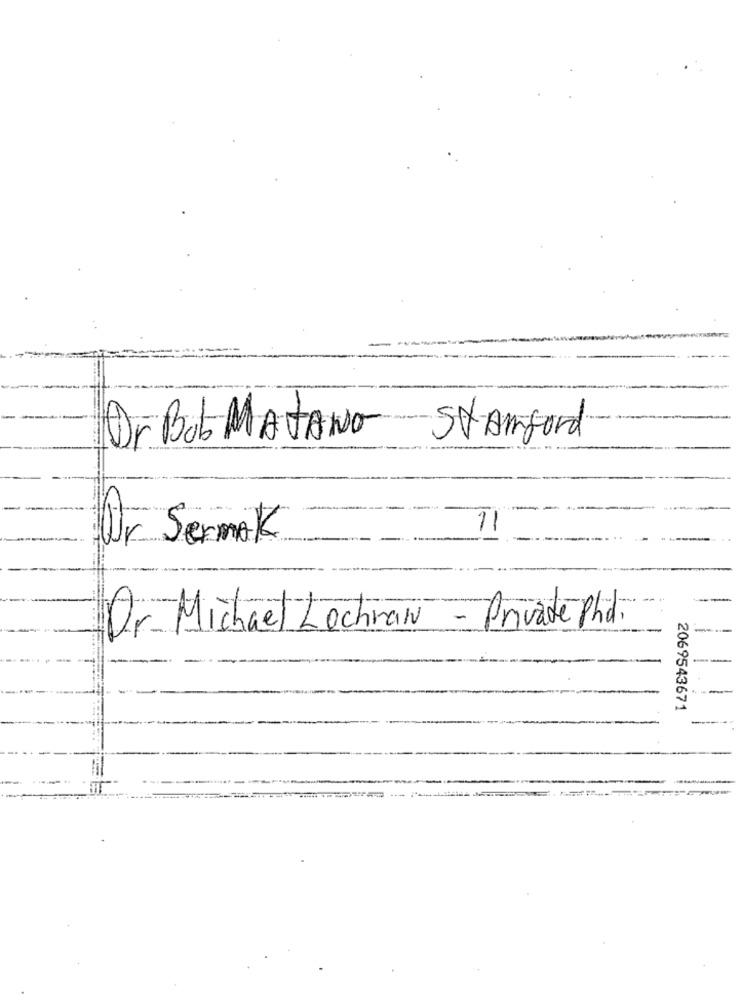
Or Bob MATANO Stamford
1
Ur Sermak
- Private Phd.
Dr. Michael Lochran
--
-
---
2069543671